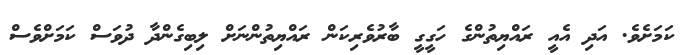
ކަމަށެވެ. އަދި އެއީ ރައްޔިތުންގެ ހަގީގީ ބާރުވެރިކަން ރައްޔިތުންނަށް ލިބިގެންދާ ދުވަސް ކަމަށްވެސް